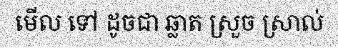
មើល ទៅ ដូចជា ឆ្លាត ស្រួច ស្រាល់